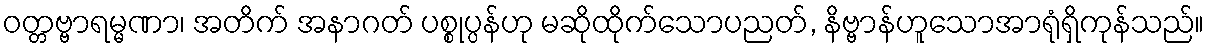
ဝတ္တဗ္ဗာရမ္မဏာ၊ အတိက် အနာဂတ် ပစ္စုပ္ပန်ဟု မဆိုထိုက်သောပညတ်, နိဗ္ဗာန်ဟူသောအာရုံရှိကုန်သည်။